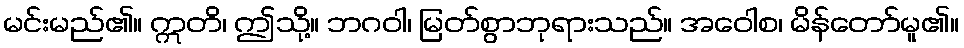
မင်းမည်၏။ ဣတိ၊ ဤသို့။ ဘဂဝါ၊ မြတ်စွာဘုရားသည်။ အဝေါစ၊ မိန်တော်မူ၏။